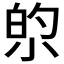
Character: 𫴿